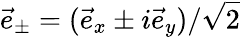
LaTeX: \vec{e}_{\pm}=(\vec{e}_{x}\pm i\vec{e}_{y})/\sqrt{2}